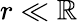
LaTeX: r\ll\mathbb{R}